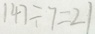
1 4 7 \div 7 = 2 1